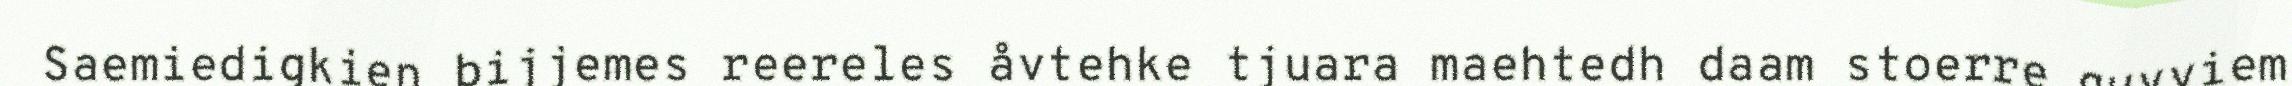
Saemiedigkien bijjemes reereles åvtehke tjuara maehtedh daam stoerre guvviem